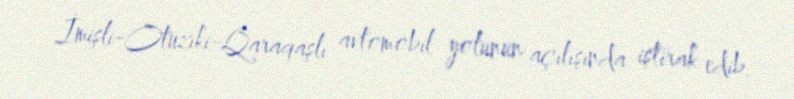
İmişli-Otuziki-Qaraqaşlı avtomobil yolunun açılışında iştirak edib.